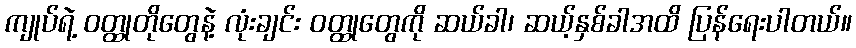
ကျုပ်ရဲ့ ဝတ္ထုတိုတွေနဲ့ လုံးချင်း ဝတ္ထုတွေကို ဆယ်ခါ၊ ဆယ့်နှစ်ခါအထိ ပြန်ရေးပါတယ်။